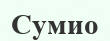
Сумио